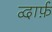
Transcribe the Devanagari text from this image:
द्वार्फ़